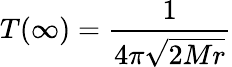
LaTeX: T(\infty)={\frac{1}{4\pi{\sqrt{2Mr}}}}